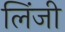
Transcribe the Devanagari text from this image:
लिंजी